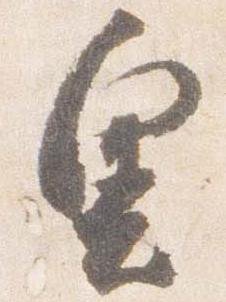
奥